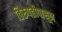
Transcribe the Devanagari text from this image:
तिरुपतीपासून